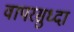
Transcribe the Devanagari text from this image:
वापरसुध्दा